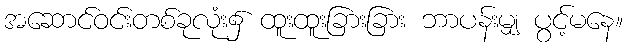
အဆောင်ဝင်းတစ်ခုလုံး၌ ထူးထူးခြားခြား ဘာပန်းမျှ ပွင့်မနေ။